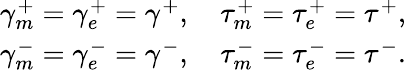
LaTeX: \begin{array}{r}{\gamma_{m}^{+}=\gamma_{e}^{+}=\gamma^{+},\quad\tau_{m}^{+}=\tau_{e}^{+}=\tau^{+},}\\ {\gamma_{m}^{-}=\gamma_{e}^{-}=\gamma^{-},\quad\tau_{m}^{-}=\tau_{e}^{-}=\tau^{-}.}\end{array}